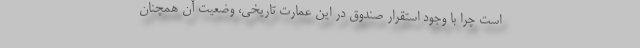
است چرا با وجود استقرار صندوق در این عمارت تاریخی، ‌وضعیت آن همچنان